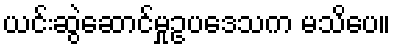
ယင်းဆွဲဆောင်မှုဥပဒေသက မသိပေ။